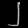
Digit: ၂